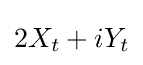
2X_{t}+iY_{t}